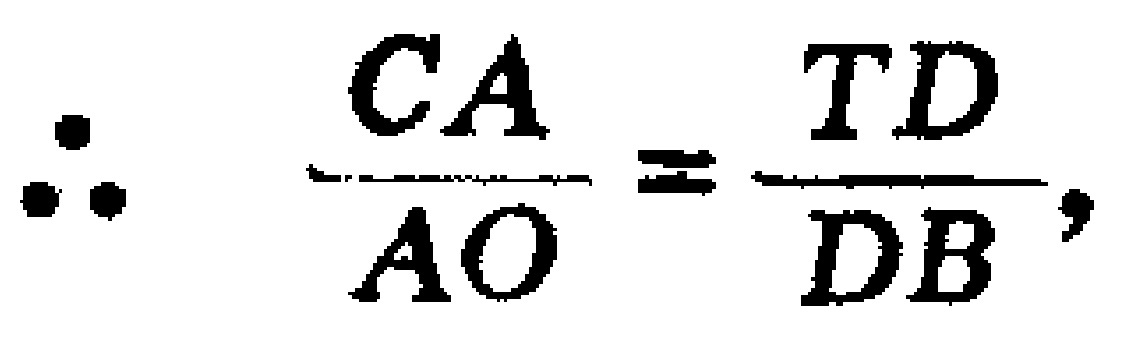
\(\therefore \frac{CA}{AO}=\frac{TD}{DB},\)